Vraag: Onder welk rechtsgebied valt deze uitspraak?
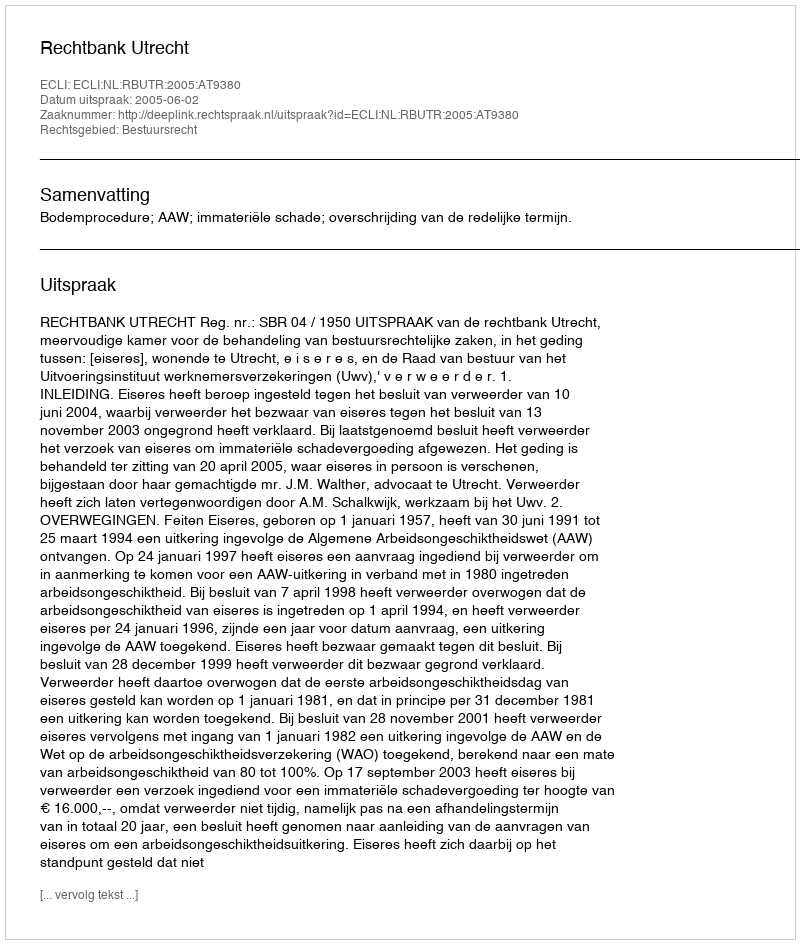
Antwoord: Bestuursrecht